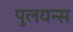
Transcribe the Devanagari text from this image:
पुलयन्स